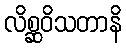
လိစ္ဆဝိသတာနိ